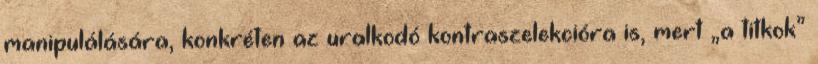
mani­pu­lá­lá­sá­­ra, konkréten az uralkodó kontraszelekcióra is, mert „a tit­kok”